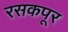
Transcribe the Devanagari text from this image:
रसकपूर